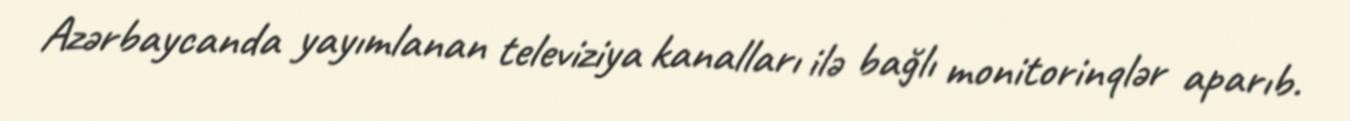
Azərbaycanda yayımlanan televiziya kanalları ilə bağlı monitorinqlər aparıb.